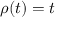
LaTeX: \rho ( t ) = t